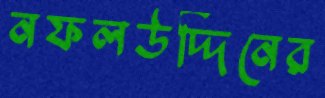
নফলউদ্দিনের